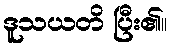
ဒူသယတိ ပြီး၏။